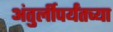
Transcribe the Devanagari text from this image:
अंतुर्लीपर्यंतच्या